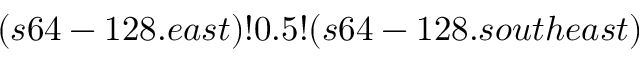
( s 6 4 - 1 2 8 . e a s t ) ! 0 . 5 ! ( s 6 4 - 1 2 8 . s o u t h e a s t )